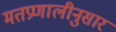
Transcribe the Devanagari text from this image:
मतप्रणालीनुसार